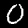
Label: 0